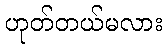
ဟုတ်တယ်မလား